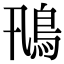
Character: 鳵